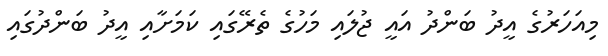
މިއަހަރުގެ އީދު ބަންދު އައީ ޖުލައި މަހުގެ ތެރޭގައި ކަމަށާއި އީދު ބަންދުގައި